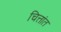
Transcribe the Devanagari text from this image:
चित्तांत